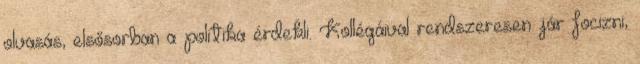
olvasás, elsősorban a politika érdekli. Kollégáival rendszeresen jár focizni,